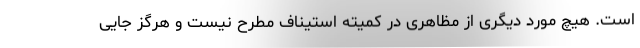
است. هیچ مورد دیگری از مظاهری در کمیته استیناف مطرح نیست و هرگز جایی